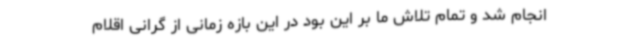
انجام شد و تمام تلاش ما بر این بود در این بازه زمانی از گرانی اقلام